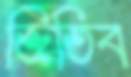
জিতিব